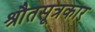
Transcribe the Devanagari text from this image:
श्रौतसूत्रकार